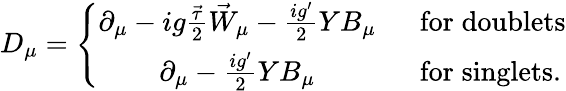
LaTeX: D_{\mu}=\left\{ \begin{array}{cl}{{\partial_{\mu}-ig\frac{\vec{\tau}}{2}\vec{W}_{\mu}-\frac{ig^{\prime}}{2}YB_{\mu}}}&{{\; \; \mathrm{for}\; \mathrm{doublets}}}\\ {{\partial_{\mu}-\frac{ig^{\prime}}{2}YB_{\mu}}}&{{\; \; \mathrm{for}\; \mathrm{singlets}.}}\end{array}\right.